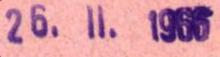
26. II.1966